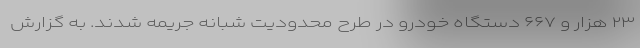
۲۳ هزار و ۶۶۷ دستگاه خودرو در طرح محدودیت شبانه جریمه شدند. به گزارش